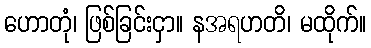
ဟောတုံ၊ ဖြစ်ခြင်းငှာ။ နအရဟတိ၊ မထိုက်။